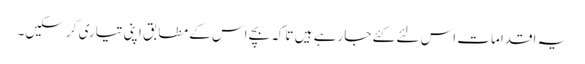
یہ اقدامات اس لئے کئے جا رہے ہیں تاکہ بچے اس کے مطابق اپنی تیاری کر سکیں۔